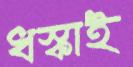
ধস্‌কাই